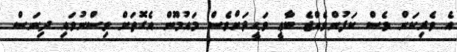
އެ ވެރިކަން ވެސް ކަފުންވެއްޖެ ބާޢީ ވަޙީދަށްވެސް މައުމޫން އެގޮތަށް ވިސްނުވައި ދިނަސް